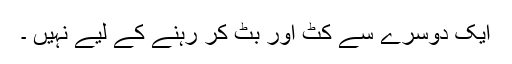
ایک دوسرے سے کٹ اور بٹ کر رہنے کے لیے نہیں ۔